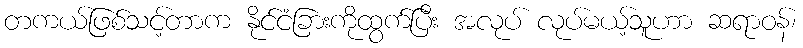
တကယ်ဖြစ်သင့်တာက နိုင်ငံခြားကိုထွက်ပြီး အလုပ် လုပ်မယ့်သူဟာ ဆရာဝန်၊